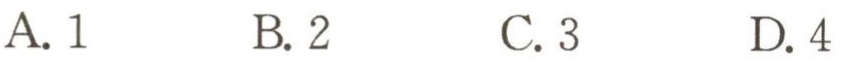
A. 1  \quad B. 2  \quad C. 3  \quad D. 4